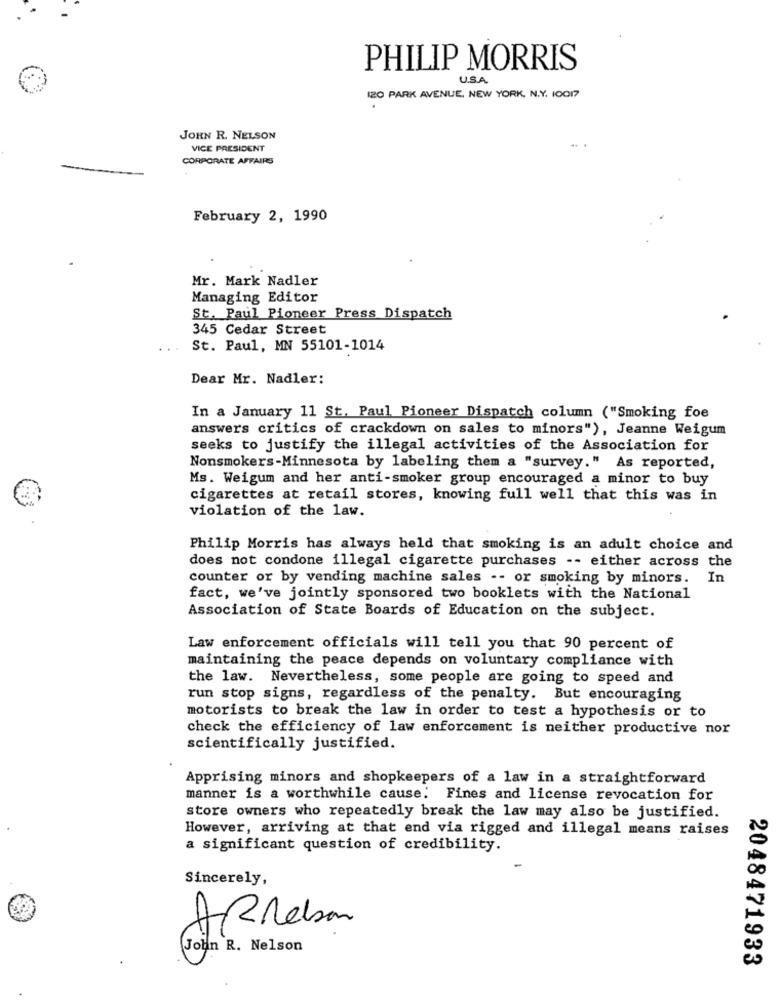
PHILIP MORRIS
U.S.A.
IZO PARK AVENUE, NEW YORK, N.Y. 10017
JOHN R. NELSON
VICE PRESIDENT
CORPORATE AFFAIRS
February 2, 1990
Mr. Mark Nadler
Managing Editor
St. Paul Pioneer Press Dispatch
345 Cedar Street
St. Paul, MN 55101-1014
Dear Mr. Nadler:
In a January 11 St. Paul Pioneer Dispatch column ("Smoking foe
answers critics of crackdown on sales to minors"), Jeanne Weigum
seeks to justify the illegal activities of the Association for
Nonsmokers-Minnesota by labeling them a "survey." As reported,
Ms. Weigum and her anti-smoker group encouraged a minor to buy
cigarettes at retail stores, knowing full well that this was in
violation of the law.
Philip Morris has always held that smoking is an adult choice and
does not condone illegal cigarette purchases -- either across the
counter or by vending machine sales -- or smoking by minors.
In
fact, we've jointly sponsored two booklets with the National
Association of State Boards of Education on the subject.
Law enforcement officials will tell you that 90 percent of
maintaining the peace depends on voluntary compliance with
the law. Nevertheless, some people are going to speed and
run stop signs, regardless of the penalty. But encouraging
motorists to break the law in order to test a hypothesis or to
check the efficiency of law enforcement is neither productive nor
scientifically justified.
Apprising minors and shopkeepers of a law in a straightforward
manner is a worthwhile cause. Fines and license revocation for
store owners who repeatedly break the law may also be justified.
However, arriving at that end via rigged and illegal means raises
a significant question of credibility.
Sincerely,
7
Aprobar
John R. Nelson
2048471933